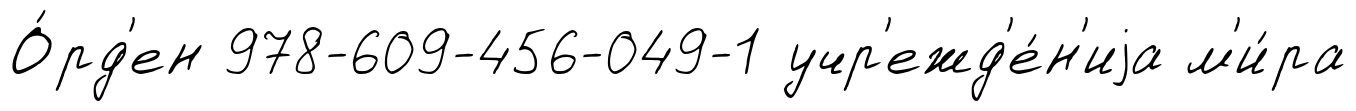
О́рд'ен 978-609-456-049-1 учр'ежд'е́н'иjа м'и́ра